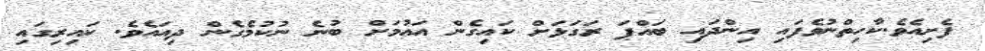
ފެށިއެވެ.ކާހިތްނުވެފައި އިންދައި ބައްޕަ ރަގަޅަށް ކައިގެން އައުމަށް ބުނެ ނުކުމެގެން ދިއައެވެ. ކައިރިގައި